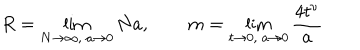
R = \lim _ { N \to \infty , \ a \to 0 } N a , \qquad m = \lim _ { t \to 0 , \ a \to 0 } \frac { 4 t ^ { \nu } } { a }